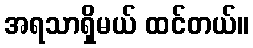
အရသာရှိမယ် ထင်တယ်။